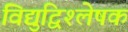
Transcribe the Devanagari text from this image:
विद्युद्विश्लेषक